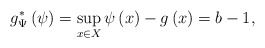
\begin{align*}g^{*}_\Psi\left(\psi\right)=\sup_{x\in X}\psi\left(x\right)-g\left(x\right)=b-1,\end{align*}